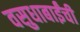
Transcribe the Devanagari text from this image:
वसुधाबाईंची